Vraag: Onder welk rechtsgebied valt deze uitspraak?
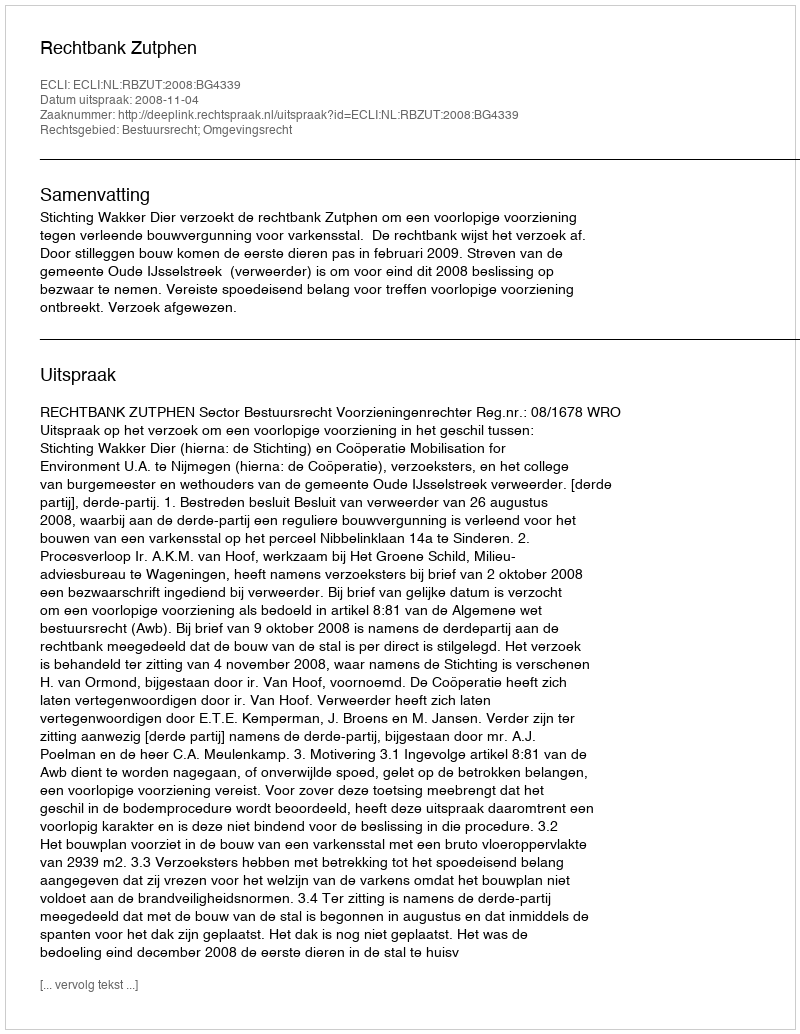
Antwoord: Bestuursrecht; Omgevingsrecht